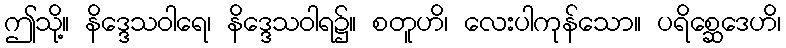
ဤသို့။ နိဒ္ဒေသဝါရေ၊ နိဒ္ဒေသဝါရ၌။ စတူဟိ၊ လေးပါကုန်သော။ ပရိစ္ဆေဒေဟိ၊